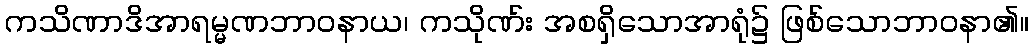
ကသိဏာဒိအာရမ္မဏဘာဝနာယ၊ ကသိုဏ်း အစရှိသောအာရုံ၌ ဖြစ်သောဘာဝနာ၏။